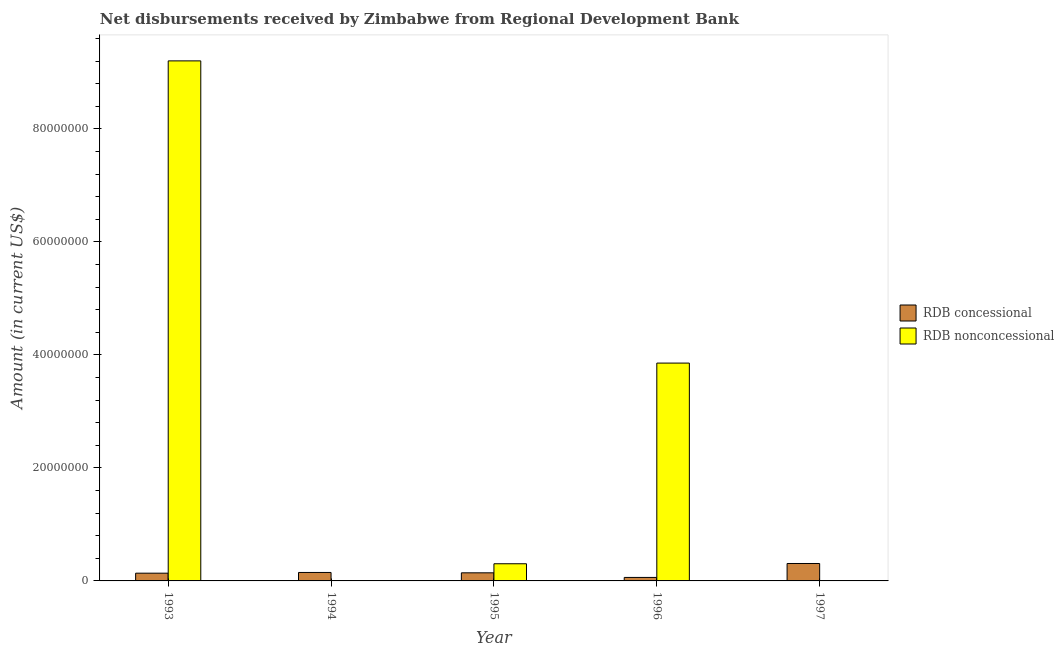
| Year | RDB concessional | RDB nonconcessional |
 | --- | --- | --- |
 | 1993 | 1.37e+06 | 9.2e+07 |
 | 1994 | 1.5e+06 | -1.05e+07 |
 | 1995 | 1.43e+06 | 3.04e+06 |
 | 1996 | 6.17e+05 | 3.86e+07 |
 | 1997 | 3.08e+06 | -2.92e+06 |